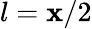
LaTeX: l=\mathbf{x}/2